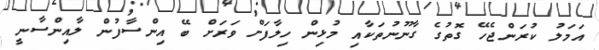
އަމަލު ކުރަންޖެހޭ ގޮތުގެ ގާނޫނުތަކާއި މުޅިން ހިލާފަށް ވަރަށް ބޭ އިންސާފުން ލާއިންސާނީ